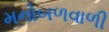
મનોબળવાળી